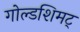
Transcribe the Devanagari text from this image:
गोल्डशिमट्